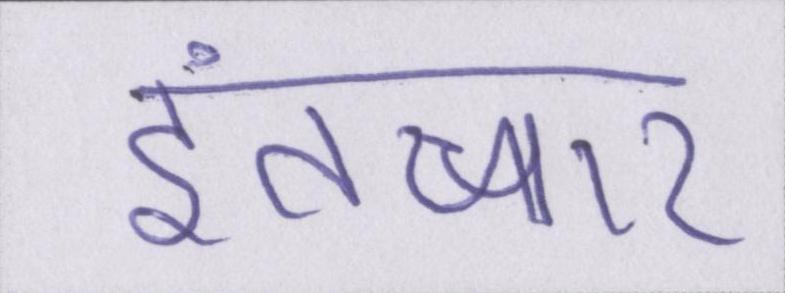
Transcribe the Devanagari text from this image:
इंतज़ार